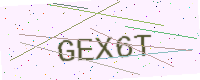
Text: GEX6T